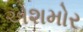
એશમોર